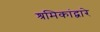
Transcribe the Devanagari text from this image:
श्रमिकांद्वारे